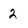
Character: 2